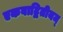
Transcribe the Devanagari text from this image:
एकवाद्वितीयम्